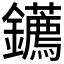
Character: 𨰂